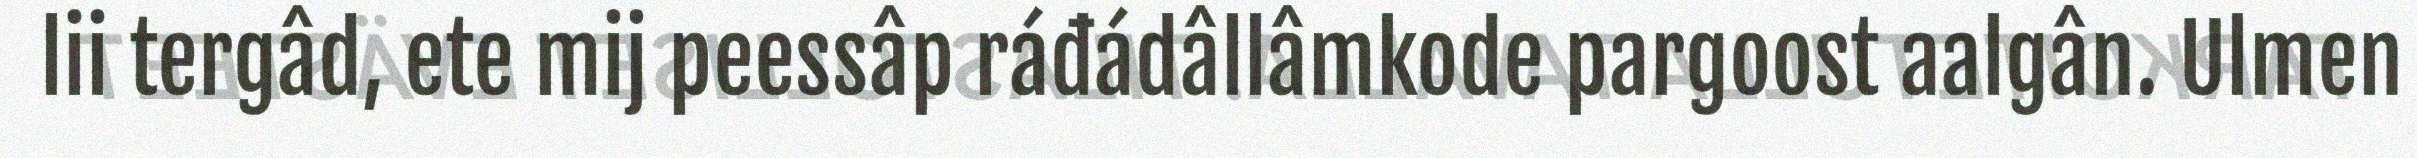
lii tergâd, ete mij peessâp ráđádâllâmkode pargoost aalgân. Ulmen